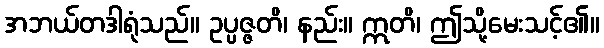
အဘယ်တဒါရုံသည်။ ဥပ္ပဇ္ဇတိ၊ နည်း။ ဣတိ၊ ဤသို့မေးသင့်၏။